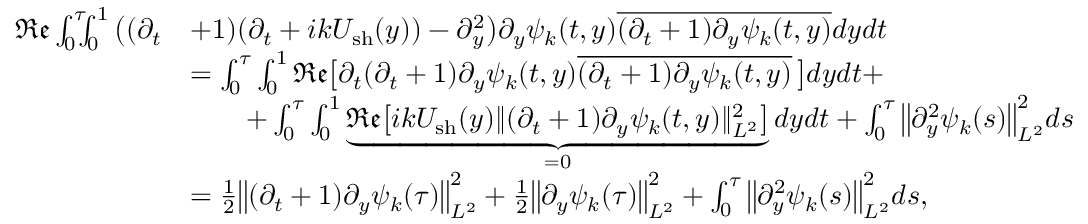
\begin{array} { r l } { \mathfrak { R e } \int _ { 0 } ^ { \tau } \! \! \! \int _ { 0 } ^ { 1 } \big ( ( \partial _ { t } } & { + 1 ) ( \partial _ { t } + i k U _ { \mathrm { s h } } ( y ) ) - \partial _ { y } ^ { 2 } \big ) \partial _ { y } \psi _ { k } ( t , y ) \overline { { ( \partial _ { t } + 1 ) \partial _ { y } \psi _ { k } ( t , y ) } } d y d t } \\ & { = \int _ { 0 } ^ { \tau } \int _ { 0 } ^ { 1 } \mathfrak { R e } \big [ \partial _ { t } ( \partial _ { t } + 1 ) \partial _ { y } \psi _ { k } ( t , y ) \overline { { ( \partial _ { t } + 1 ) \partial _ { y } \psi _ { k } ( t , y ) } } \, \big ] d y d t + } \\ & { \qquad + \int _ { 0 } ^ { \tau } \int _ { 0 } ^ { 1 } \underbrace { \mathfrak { R e } \big [ i k U _ { \mathrm { s h } } ( y ) \| ( \partial _ { t } + 1 ) \partial _ { y } \psi _ { k } ( t , y ) \| _ { L ^ { 2 } } ^ { 2 } \big ] } _ { = 0 } d y d t + \int _ { 0 } ^ { \tau } \big \| \partial _ { y } ^ { 2 } \psi _ { k } ( s ) \big \| _ { L ^ { 2 } } ^ { 2 } d s } \\ & { = \frac { 1 } { 2 } \big \| ( \partial _ { t } + 1 ) \partial _ { y } \psi _ { k } ( \tau ) \big \| _ { L ^ { 2 } } ^ { 2 } + \frac { 1 } { 2 } \big \| \partial _ { y } \psi _ { k } ( \tau ) \big \| _ { L ^ { 2 } } ^ { 2 } + \int _ { 0 } ^ { \tau } \big \| \partial _ { y } ^ { 2 } \psi _ { k } ( s ) \big \| _ { L ^ { 2 } } ^ { 2 } d s , } \end{array}